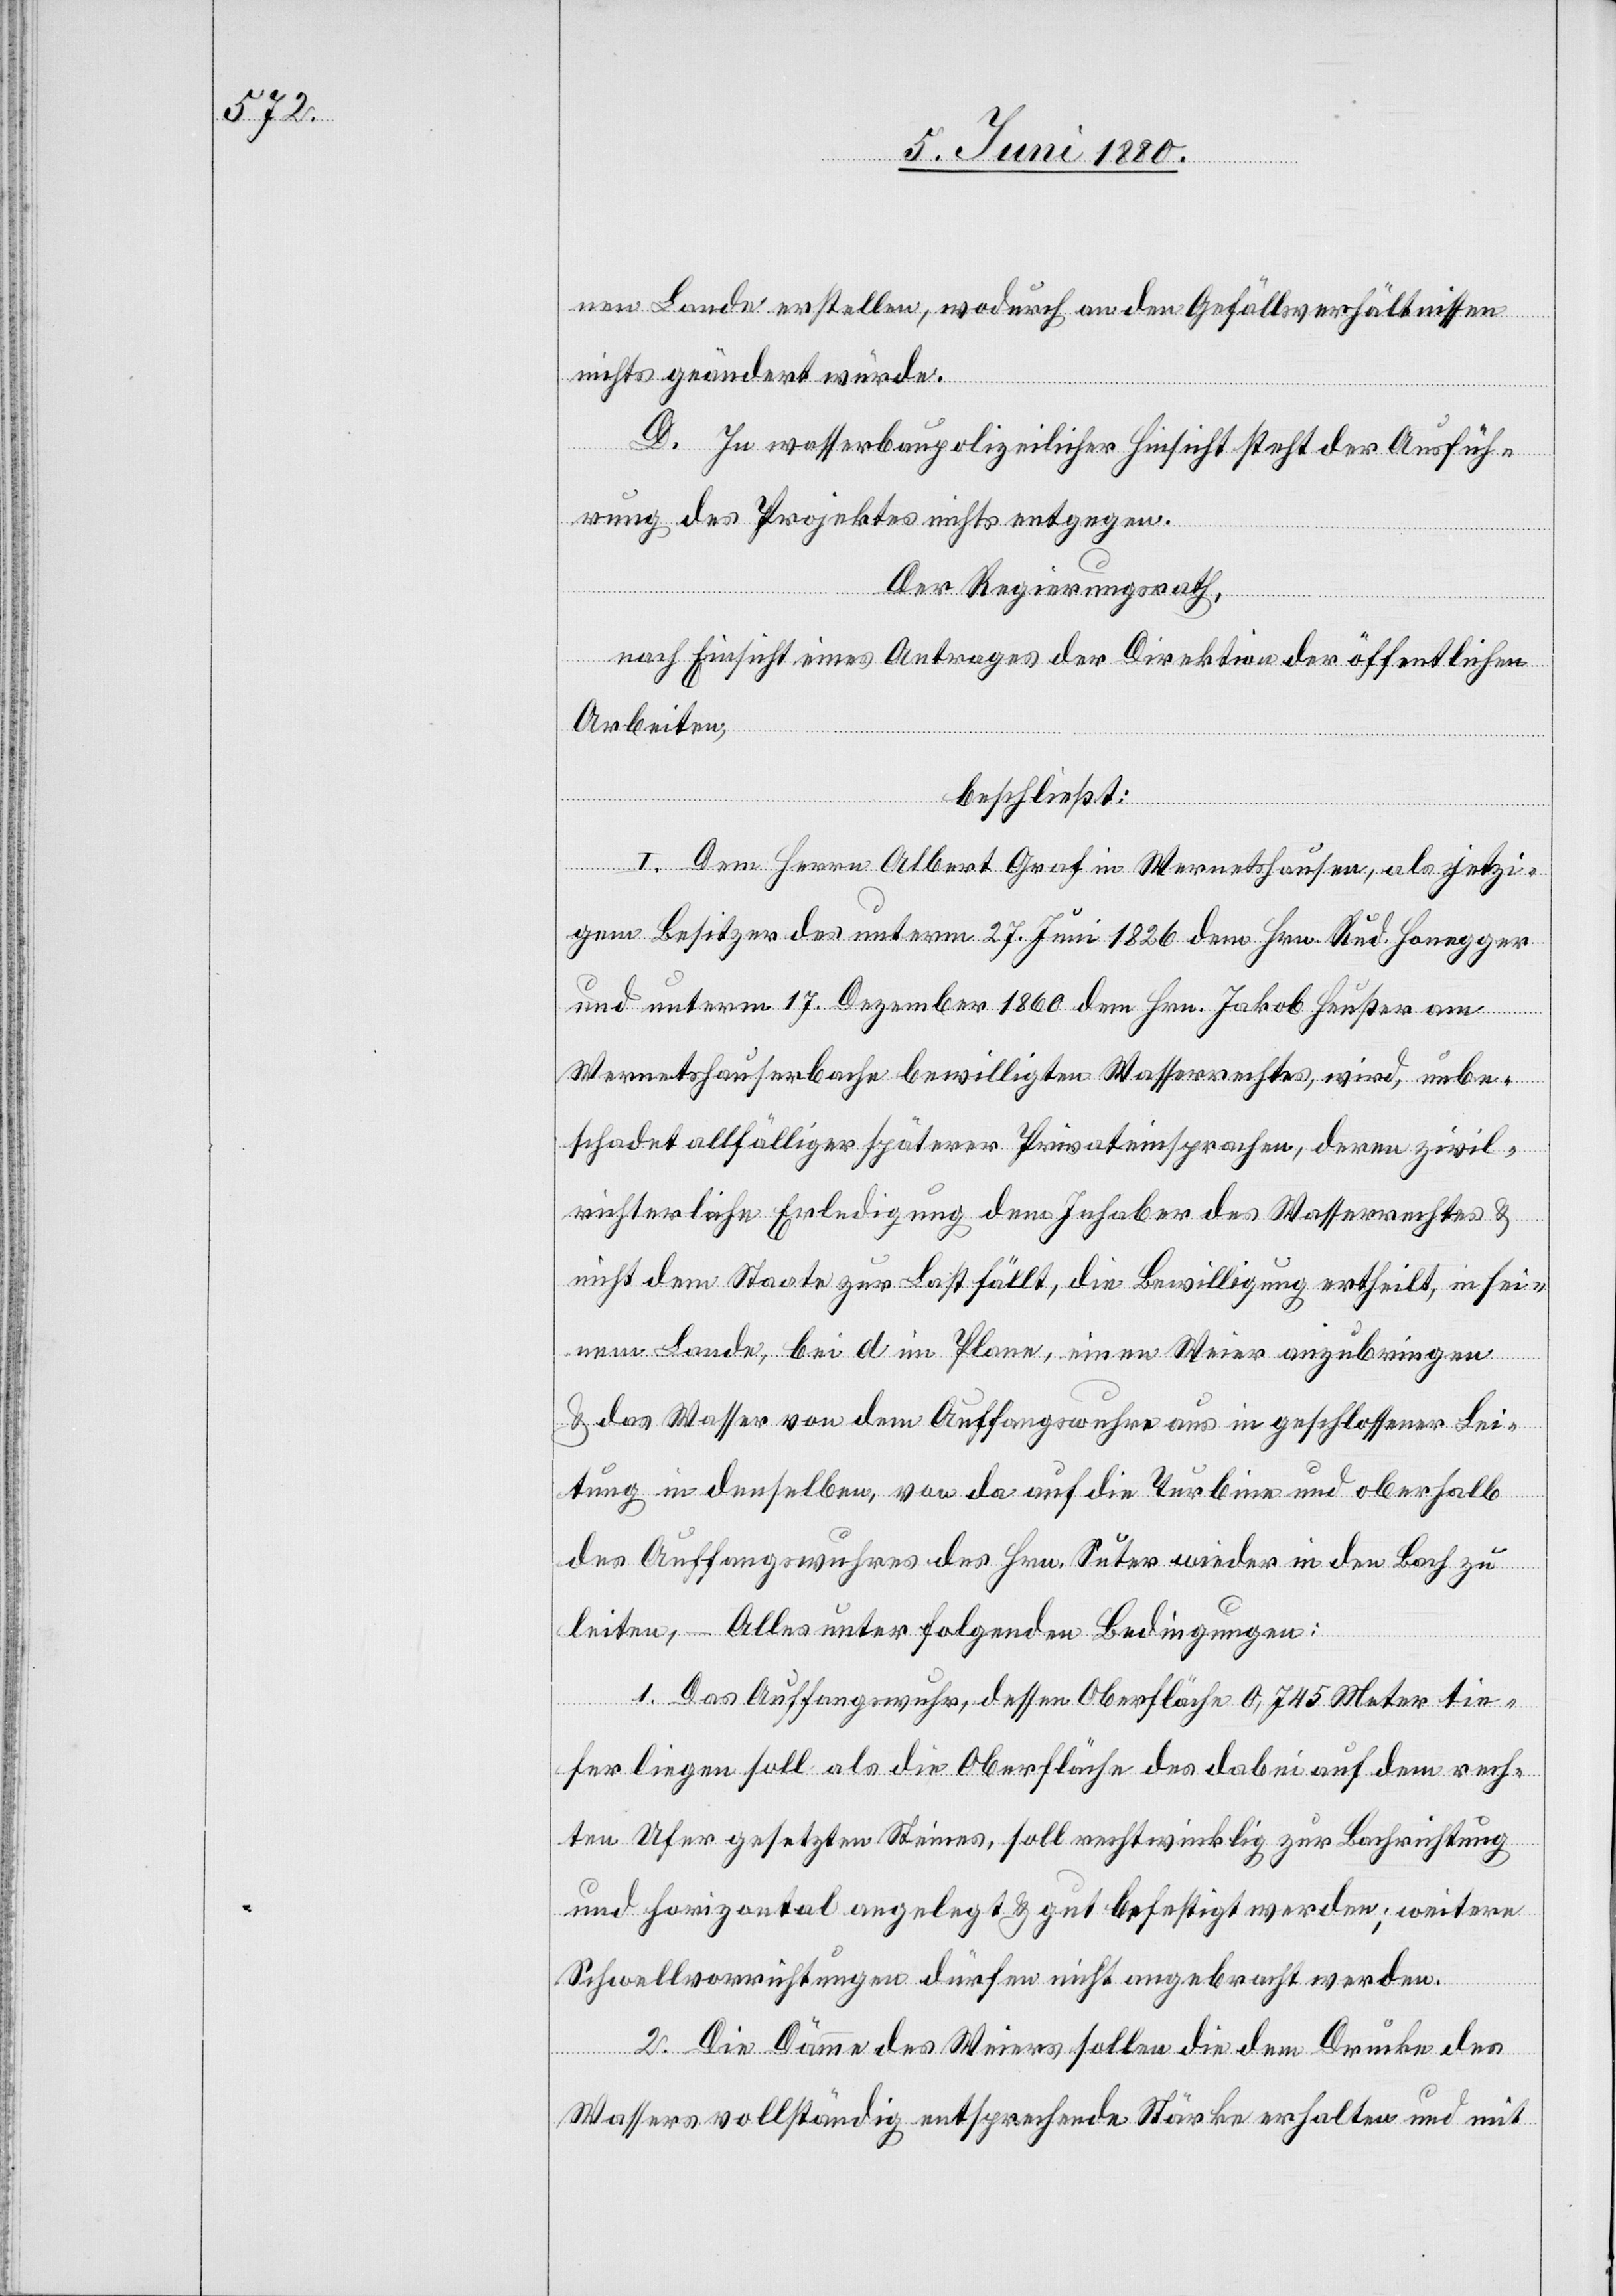
nen Lande erstellen, wodurch an den Gefällsverhältnissen
nichts geändert würde.
D. In wasserbaupolizeilicher Hinsicht steht der Ausfüh¬
rung des Projektes nichts entgegen.
Der Regierungsrath,
nach Einsicht eines Antrages der Direktion der öffentlichen
Arbeiten,
beschließt:
I. Dem Herrn Albert Graf in Wernetshausen, als jetzi¬
gem Besitzer des unterm 27. Juni 1826 dem Hrn. Rud. Honegger
und unterm 17. Dezember 1860 dem Hrn. Jakob Heußer am
Wernetshauserbache bewilligten Wasserrechtes, wird, unbe¬
schadet allfälliger späterer Privateinsprachen, deren zivil¬
richterliche Erledigung dem Inhaber des Wasserrechtes &
nicht dem Staate zur Last fällt, die Bewilligung ertheilt, in sei¬
nem Lande, bei d im Plane, einen Weier anzubringen
& das Wasser von dem Auffangswuhre aus in geschlossener Lei¬
tung in denselben, von da auf die Turbine und oberhalb
des Auffangswuhres des Hrn. Suter wieder in den Bach zu
leiten, – Alles unter folgenden Bedingungen:
1. Das Auffangswuhr, dessen Oberfläche 0,745 Meter tie¬
fer liegen soll als die Oberfläche des dabei auf dem rech¬
ten Ufer gesetzten Steines, soll rechtwinklig zur Bachrichtung
und horizontal angelegt & gut befestigt werden; weitere
Schwellvorrichtungen dürfen nicht angebracht werden.
2. Die Dämme des Weiers sollen die dem Drucke des
Wassersvollständig entsprechende Stärke erhalten und mit